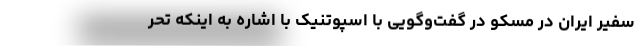
سفیر ایران در مسکو در گفت‌وگویی با اسپوتنیک با اشاره به اینکه تحر